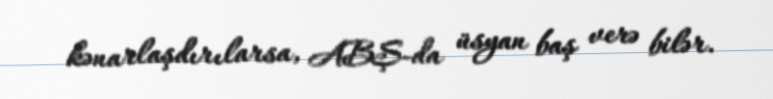
kənarlaşdırılarsa, ABŞ-da üsyan baş verə bilər.